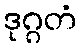
ဒုဂ္ဂတံ